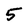
Character: 5